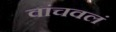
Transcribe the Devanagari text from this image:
वांचवलं